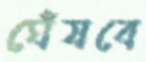
ঘেঁষবে